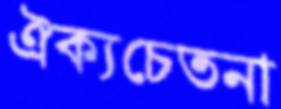
ঐক্যচেতনা